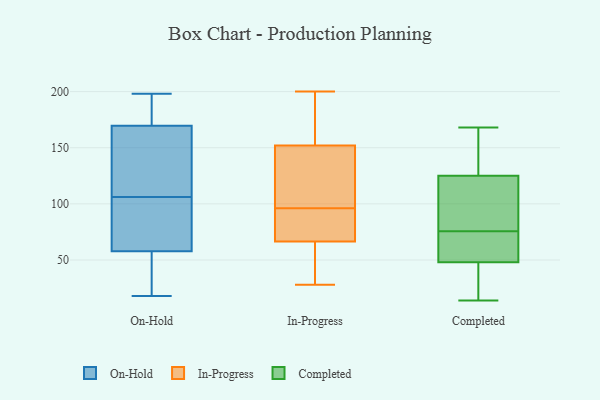
{"axis": {"x": "Latency (ms)", "y": "Value"}, "legend": ["Completed", "In-Progress", "On-Hold"], "data": [{"x": "", "y": 158, "type": "On-Hold"}, {"x": "", "y": 78, "type": "On-Hold"}, {"x": "", "y": 54, "type": "On-Hold"}, {"x": "", "y": 198, "type": "On-Hold"}, {"x": "", "y": 18, "type": "On-Hold"}, {"x": "", "y": 26, "type": "On-Hold"}, {"x": "", "y": 96, "type": "On-Hold"}, {"x": "", "y": 183, "type": "On-Hold"}, {"x": "", "y": 98, "type": "On-Hold"}, {"x": "", "y": 124, "type": "On-Hold"}, {"x": "", "y": 22, "type": "On-Hold"}, {"x": "", "y": 193, "type": "On-Hold"}, {"x": "", "y": 106, "type": "On-Hold"}, {"x": "", "y": 197, "type": "On-Hold"}, {"x": "", "y": 108, "type": "On-Hold"}, {"x": "", "y": 165, "type": "On-Hold"}, {"x": "", "y": 59, "type": "On-Hold"}, {"x": "", "y": 92, "type": "In-Progress"}, {"x": "", "y": 72, "type": "In-Progress"}, {"x": "", "y": 100, "type": "In-Progress"}, {"x": "", "y": 200, "type": "In-Progress"}, {"x": "", "y": 160, "type": "In-Progress"}, {"x": "", "y": 47, "type": "In-Progress"}, {"x": "", "y": 157, "type": "In-Progress"}, {"x": "", "y": 28, "type": "In-Progress"}, {"x": "", "y": 81, "type": "In-Progress"}, {"x": "", "y": 61, "type": "In-Progress"}, {"x": "", "y": 132, "type": "In-Progress"}, {"x": "", "y": 147, "type": "In-Progress"}, {"x": "", "y": 85, "type": "Completed"}, {"x": "", "y": 113, "type": "Completed"}, {"x": "", "y": 137, "type": "Completed"}, {"x": "", "y": 58, "type": "Completed"}, {"x": "", "y": 141, "type": "Completed"}, {"x": "", "y": 14, "type": "Completed"}, {"x": "", "y": 168, "type": "Completed"}, {"x": "", "y": 54, "type": "Completed"}, {"x": "", "y": 107, "type": "Completed"}, {"x": "", "y": 66, "type": "Completed"}, {"x": "", "y": 88, "type": "Completed"}, {"x": "", "y": 20, "type": "Completed"}, {"x": "", "y": 20, "type": "Completed"}, {"x": "", "y": 47, "type": "Completed"}, {"x": "", "y": 139, "type": "Completed"}, {"x": "", "y": 49, "type": "Completed"}]}